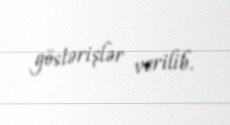
göstərişlər verilib.